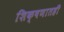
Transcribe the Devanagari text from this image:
शिक्षणातही